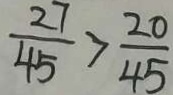
\frac { 2 7 } { 4 5 } > \frac { 2 0 } { 4 5 }